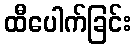
ထီပေါက်ခြင်း